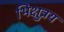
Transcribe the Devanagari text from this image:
भिक्षुत्रय